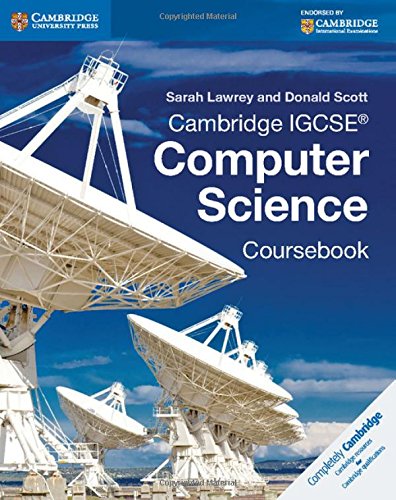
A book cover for Cambridge IGCSEÂ® Computer Science Coursebook; Sarah Lawrey; Teen & Young Adult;